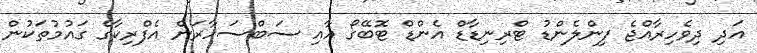
އަދި ދިވެހިރާއްޖެ ފިންލެންޑު ޓްރިނިޑާޑް އެންޑް ޓޮބޭގޯ އާއި ސަބްސަހާރަން އެެފްރިކާގެ ގައުމުތަކުން